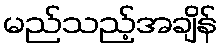
မည်သည့်အချိန်